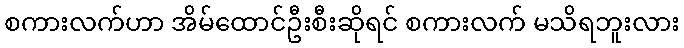
စကားလက်ဟာ အိမ်ထောင်ဦးစီးဆိုရင် စကားလက် မသိရဘူးလား